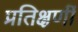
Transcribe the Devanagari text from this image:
प्रतिक्षणीं